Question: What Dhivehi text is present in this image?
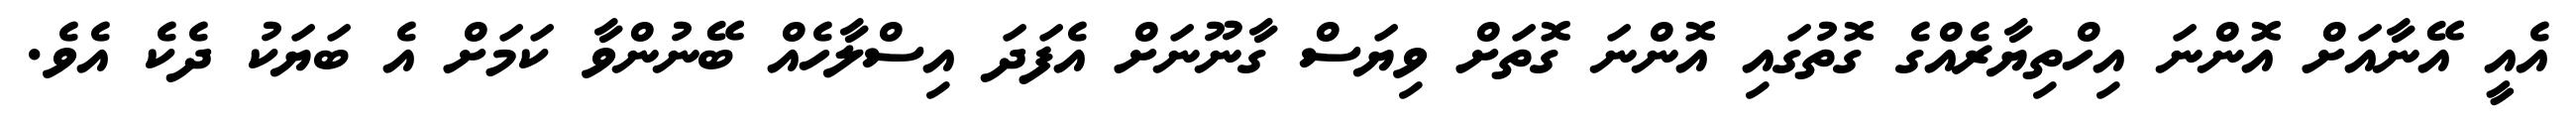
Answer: އެއީ އޭނާއަށް އޮންނަ އިހްތިޔާރެއްގެ ގޮތުގައި އޮންނަ ގޮތަށް ވިޔަސް ގާނޫނަށް އެފަދަ އިސްލާހެއް ބޭނުންވާ ކަމަށް އެ ބަޔަކު ދެކެ އެވެ.